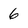
Character: 6